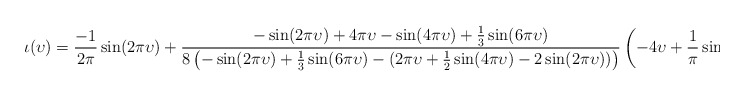
\begin{align*}\iota(\upsilon) = \frac{-1}{2\pi}\sin(2\pi \upsilon)+\frac{-\sin(2\pi \upsilon) + 4\pi \upsilon - \sin(4\pi \upsilon) + \frac{1}{3}\sin(6\pi \upsilon)}{8\left(-\sin(2\pi \upsilon) + \frac 13 \sin(6\pi \upsilon) - (2 \pi \upsilon + \frac 12 \sin(4\pi \upsilon) - 2\sin(2\pi \upsilon))\right)}\left(-4\upsilon + \frac{1}{\pi}\sin(4\pi \upsilon)\right)\end{align*}